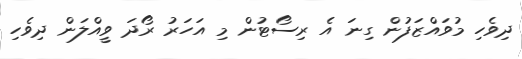
ދިވެހި މުވައްޒަފުން ގިނަ އެ ރިސޯޓުން މި އަހަރު ރޯދަ ވީއްލަން ދިވެހި